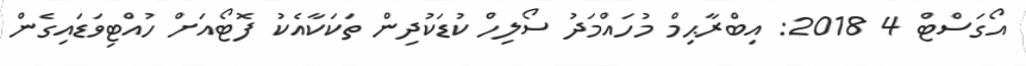
އޯގަސްޓް 4 2018: އިބްރާޙިމް މުހައްމަދު ސޯލިހް ކުޑަކުދިން ތަކަކާއެކު ފޮޓޯއަށް ހުއްޓިވަޑައިގެން